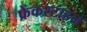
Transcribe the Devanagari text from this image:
फ्रेंकस्टाइन